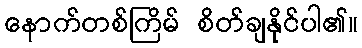
နောက်တစ်ကြိမ် စိတ်ချနိုင်ပါ၏။